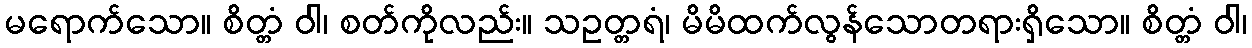
မရောက်သော။ စိတ္တံ ဝါ၊ စတ်ကိုလည်း။ သဥတ္တရံ၊ မိမိထက်လွန်သောတရားရှိသော။ စိတ္တံ ဝါ၊